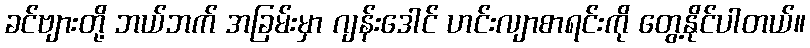
ခင်ဗျားတို့ ဘယ်ဘက် အခြမ်းမှာ ဂျန်းဒေါင် ဟင်းလျာစာရင်းကို တွေ့နိုင်ပါတယ်။